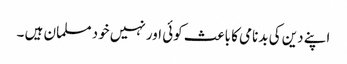
اپنے دین کی بدنامی کا باعث کوئی اور نہیں خود مسلمان ہیں ۔